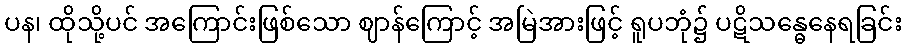
ပန၊ ထိုသို့ပင် အကြောင်းဖြစ်သော ဈာန်ကြောင့် အမြဲအားဖြင့် ရူပဘုံ၌ ပဋိသန္ဓေနေရခြင်း